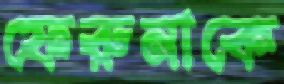
ফেরুনাকে